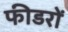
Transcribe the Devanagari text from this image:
फीडरों